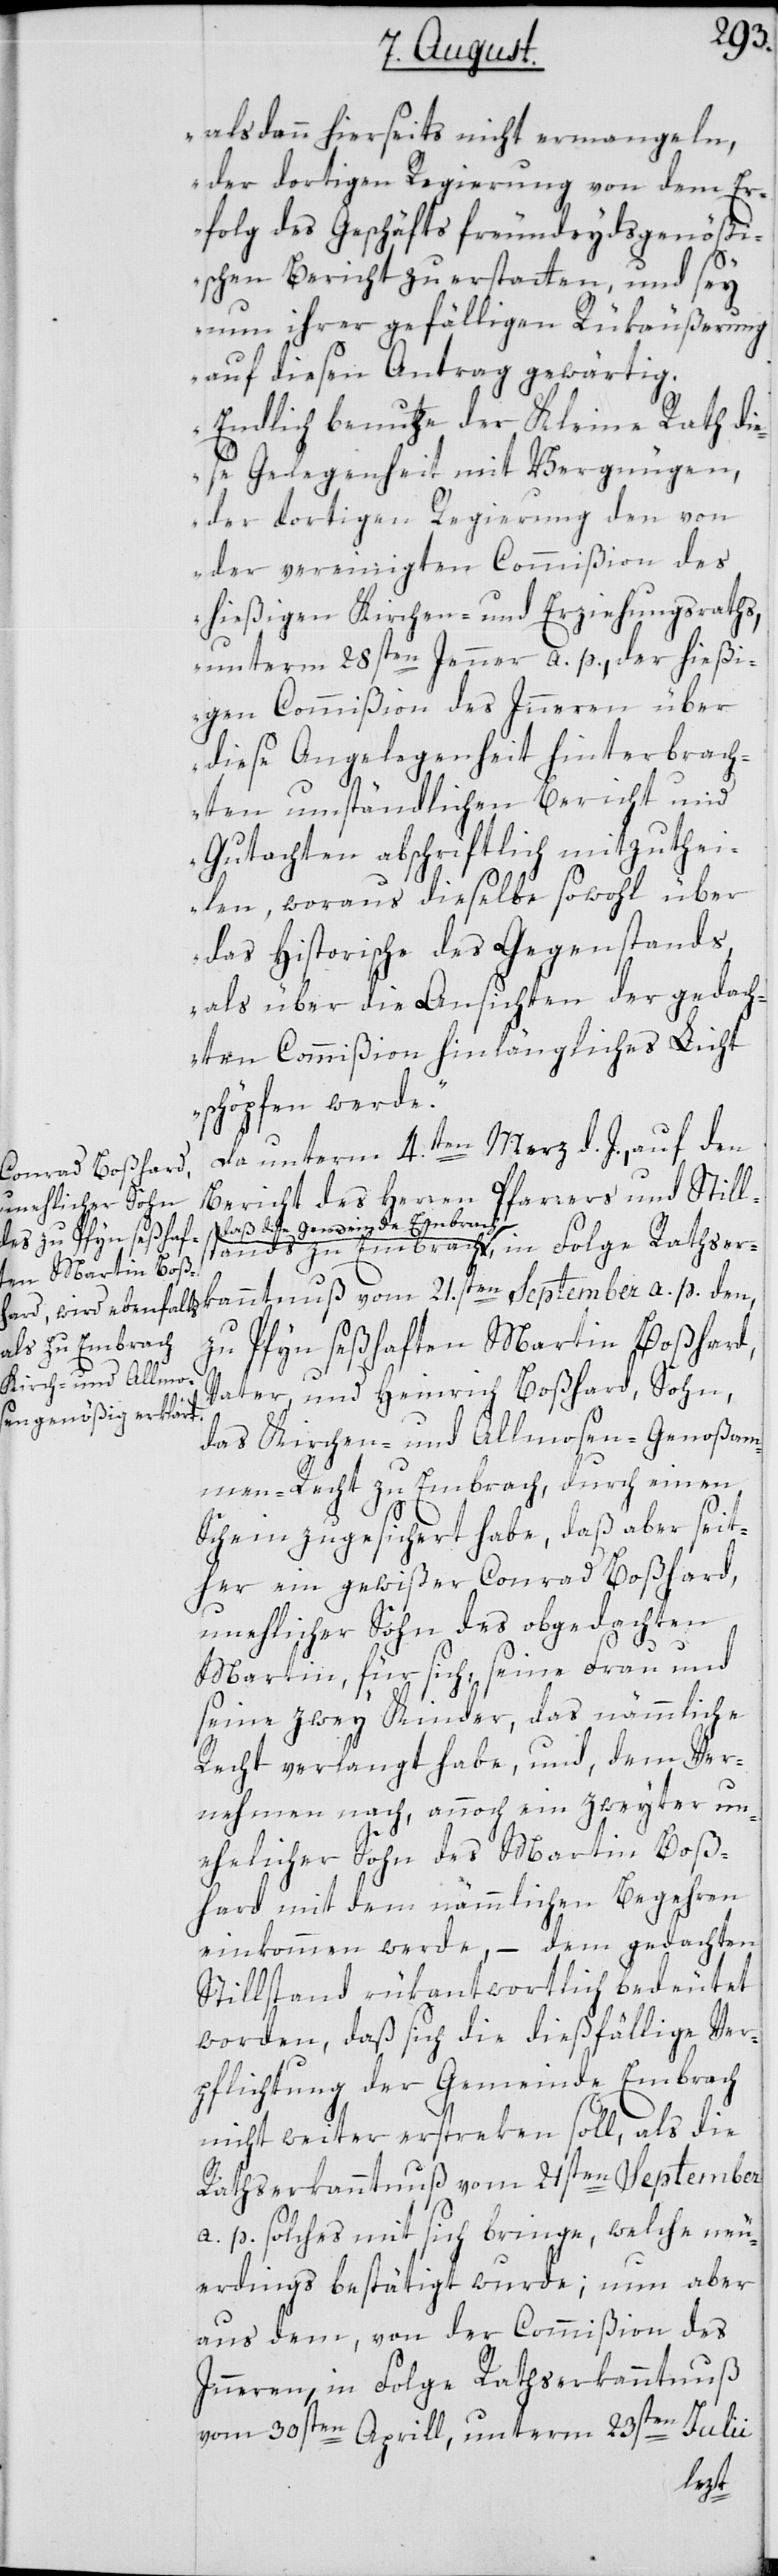
tands zu Embrach,

alsdann hierseits nicht ermangeln,
der dortigen Regierung von dem Er¬
folg des Geschäfts freundeydsgenößi¬
schen Bericht zu erstatten, und sey
nun ihrer gefälligen Rükäußerung
auf diesen Antrag gewärtig.
Endlich benutze der Kleine Rath di¬
ese Gelegenheit mit Vergnügen,
der dortigen Regierung den von
der vereinigten Commißion des
hießigen Kirchen- und Erziehungsraths,
unterm 28sten Jenner a. p. der hießi¬
gen Commißion des Innern über
diese Angelegenheit hinterbrach¬
ten umständlichen Bericht und
Gutachten abschriftlich mitzuthei¬
len, woraus dieselbe sowohl über
das historische des Gegenstands,
als über die Ansichten der gedach¬
ten Commißion hinlängliches Licht
schöpfen werde.“
Da unterm 4.ten Merz d. J,. auf den
Bericht des Herren Pfarrers und Stills¬
Gemeinde Embrach, in Folge Rathser¬
kanntnuß vom 21.sten September a. p. den,
zu Pfyn seßhaften Martin Boßhard,
Vater, und Heinrich Boßhard, Sohn,
das Kirchen- und Allmosen-Genoßam¬
men-Recht zu Embrach, durch einen
Schein zugesichert habe, daß aber seit¬
her ein gewißer Conrad Boßhard,
unehlicher Sohn des obgedachten
Martin, für sich, seine Frau und
seine zwey Kinder, das nämmliche
Recht verlangt habe, und, dem Ver¬
nehmen nach, annoch ein zweyter un¬
ehlicher Sohn des Martin Boß¬
hard mit dem nämmlichen Begehren
einkommen werde, – dem gedachten
Stillstand rükantwortlich bedeutet
worden, daß sich die dießfällige Ver¬
pflichtung der Gemeinde Embrach
nicht weiter erstreken soll, als die
Rathserkanntnuß vom 21sten September
a. p. solches mit sich bringe, welche neu¬
erdings bestätigt wurde; nun aber
aus dem, von der Commißion des
Innern, in Folge Rathserkanntnuß
vom 30sten Aprill, unterm 23sten Julii